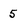
Character: 5